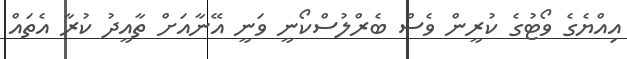
އިއްޔެގެ ވޯޓުގެ ކުރީން ވެސް ބެރްލުސްކޯނީ ވަނީ އޭނާއަށް ތާއީދު ކުރާ އެތައް